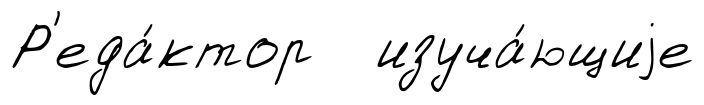
Р'еда́ктор изуча́ющиjе